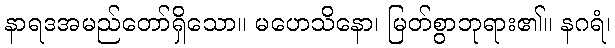
နာရဒအမည်တော်ရှိသော။ မဟေသိနော၊ မြတ်စွာဘုရား၏။ နဂရံ၊